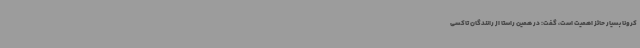
کرونا بسیار حائز اهمیت است، گفت: در همین راستا از رانندگان تاکسی